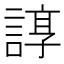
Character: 𧩽